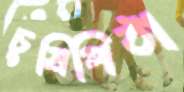
চুষিপিঠা